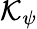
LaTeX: \mathcal{K}_{\psi}